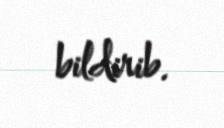
bildirib.